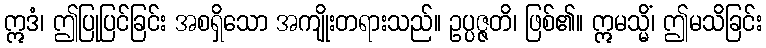
ဣဒံ၊ ဤပြုပြင်ခြင်း အစရှိသော အကျိုးတရားသည်။ ဥပ္ပဇ္ဇတိ၊ ဖြစ်၏။ ဣမသ္မိံ၊ ဤမသိခြင်း